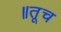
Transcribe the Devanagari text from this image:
॥तूच